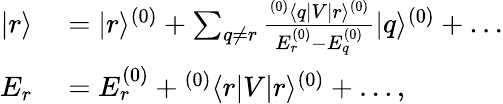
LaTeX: \begin{array}{rl}{|r\rangle}&{{}=|r\rangle^{(0)}+\sum_{q\ne r}\frac{{}^{(0)}\langle q|V|r\rangle^{(0)}}{E_{r}^{(0)}-E_{q}^{(0)}}|q\rangle^{(0)}+\dots}\\ {E_{r}}&{{}=E_{r}^{(0)}+{}^{(0)}\langle r|V|r\rangle^{(0)}+\dots,}\end{array}